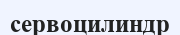
сервоцилиндр